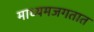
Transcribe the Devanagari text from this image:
माध्यमजगतात